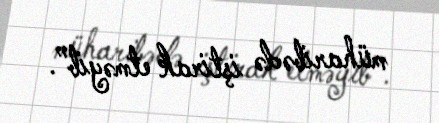
müharibədə iştirak etməyib”.